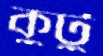
কুটু